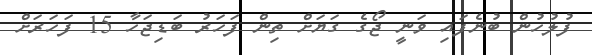
ފުލުހުން ބުނެފައި ވަނީ ޖޯގެ ގަޔަށް ތިން ފަހަރު ބަޑިޖަހާ 15 ފަހަރަށް